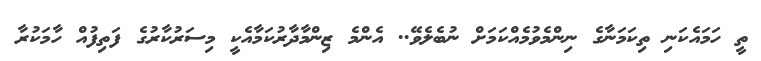
ތީ ހަމައެކަނި ތިކަމަނާގެ ނިންމެވުމެއްކަމަށް ނުބެލެވޭ.. އެންމެ ޒިންމާދާރުކަމާއެކީ މިސަރުކާރުގެ ފަތިފުއް ހާމަކުރާ